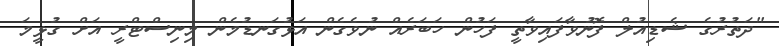
"ދަތުރުގެ ޝެޑިއުލް ފޮނުވާފައިވާތީ ފަހުން ހަބަރެއް ނުވެގެން އަޅުގަނޑުމެން މިނިސްޓްރީ އަށް ގުޅީމަ